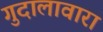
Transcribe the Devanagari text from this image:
गुदालावारा